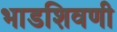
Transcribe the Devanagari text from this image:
भाडशिवणी